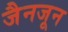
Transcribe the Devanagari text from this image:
जैनजून